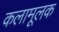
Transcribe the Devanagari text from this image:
कलामूलक